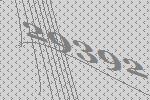
29392